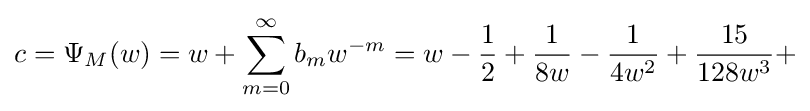
c=\Psi _{M}(w)=w+\sum _{m=0}^{\infty }b_{m}w^{-m}=w-{\frac {1}{2}}+{\frac {1}{8w}}-{\frac {1}{4w^{2}}}+{\frac {15}{128w^{3}}}+